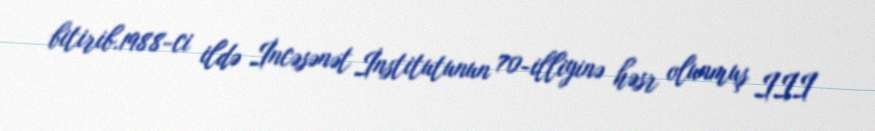
bitirib.1988-ci ildə İncəsənət İnstitutunun 70-illiyinə həsr olunmuş III